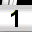
Digit: 1